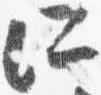
所